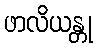
ဖာလိယန္တု